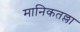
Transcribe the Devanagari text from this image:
मानिकतल्ला